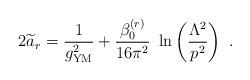
LaTeX: \begin{align*}2{\widetilde a}_r={1\over g^2_{\rm {\small YM}}}+ {\beta^{(r)}_0\over 16\pi^2}~\ln\left( {\Lambda^2\over p^2}\right)~.\end{align*}